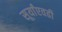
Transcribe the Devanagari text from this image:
सूर्यांएवढी